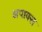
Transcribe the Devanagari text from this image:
अपाक्स